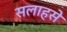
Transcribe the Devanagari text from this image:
सलाहसे